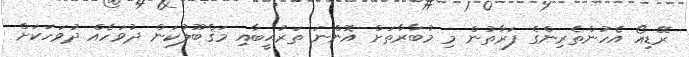
ރޭޑިއޯ އެހުންތެރިންގެ ފަރާތުން މި މުބާރާތަށް އޮންނަ ތަރުޙީބާއި މަޤްބޫލުކަން ދުވަހެއް ދުވަހަކަށް